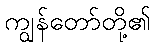
ကျွန်တော်တို့၏